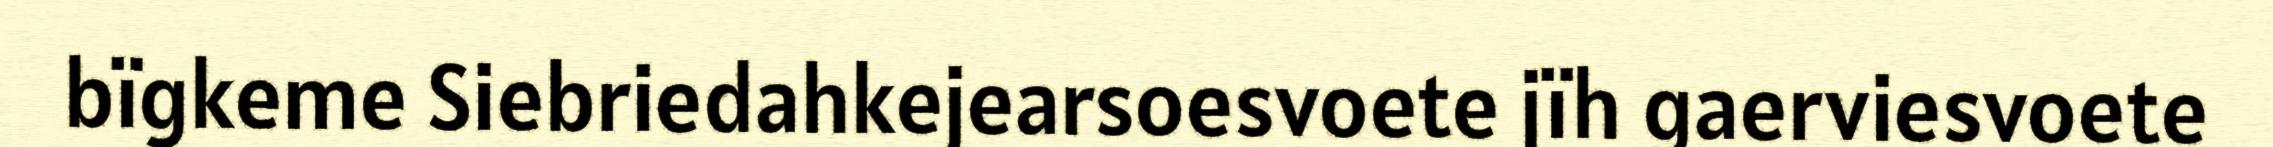
bïgkeme Siebriedahkejearsoesvoete jïh gaerviesvoete